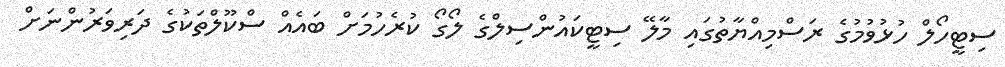
ސިޓީހޯލް ހުޅުވުމުގެ ރަސްމިއްޔާތުގައި މާލޭ ސިޓީކައުންސިލްގެ ލޯގޯ ކުރެހުމަށް ބައެއް ސްކޫލްތަކުގެ ދަރިވަރުންނަށް